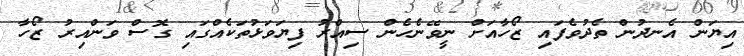
އިޔަން އެނދުން ތެދުވެފައި ޒޯހާއަށް ނީވޭނެހެން ސިއްރު ފިޔަވަޅުތަކެއްގައި ގޮސް ވަންއިރު ޒޯހާ